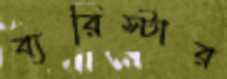
ব্যরিস্টার